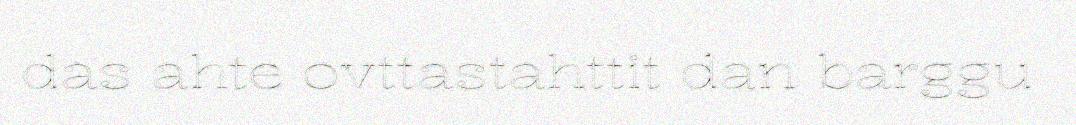
das ahte ovttastahttit dan barggu